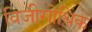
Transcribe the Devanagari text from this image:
विजीगोथिक